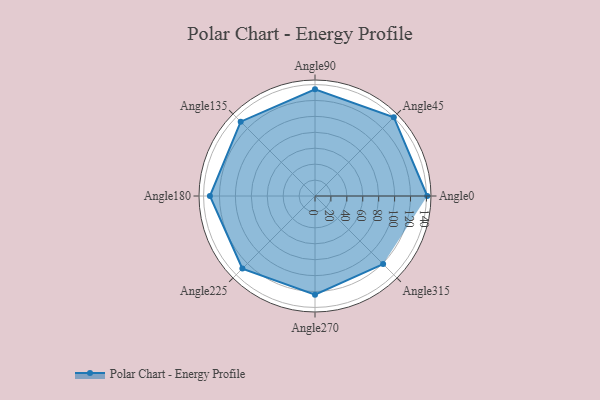
{"axis": {"x": "Angle", "y": "Radius"}, "legend": [""], "data": [{"x": "Angle0", "y": 141.0, "type": ""}, {"x": "Angle45", "y": 140.0, "type": ""}, {"x": "Angle90", "y": 134.0, "type": ""}, {"x": "Angle135", "y": 132.0, "type": ""}, {"x": "Angle180", "y": 132.0, "type": ""}, {"x": "Angle225", "y": 129.0, "type": ""}, {"x": "Angle270", "y": 124.0, "type": ""}, {"x": "Angle315", "y": 121.0, "type": ""}]}